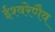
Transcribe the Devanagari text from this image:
ईश्वरेणैव